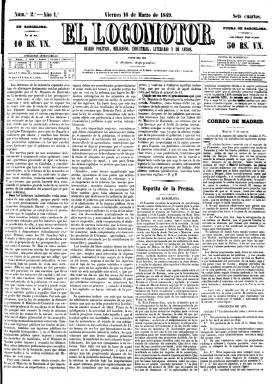
Título: El Locomotor (Barcelona)
Colección: Periódicos anteriores a 1850
Ámbito geográfico: Barcelona
Lugar de publicación: Barcelona
Fechas: 16/03/1849-28/12/1849

Comienza a publicarse el 15 de marzo de 1849, con el subtítulo “diario político, religioso, industrial, literario y de avisos”, en un formato en gran folio, de cuatro páginas por número, compuesto a cuatro columnas, saliendo de la imprenta de Juan Tarrés, y apareciendo como editor responsable Miguel Sala. En su redacción se agrupará la primera generación del conservadurismo regionalista catalán, tanto del campo político como del cultural.

Hasta el 22 de junio de ese año, se inicia en las tareas periodísticas como su principal redactor Manuel Duran i Bas (1823-1907), que después se convertirá en un destacado jurisconsulto, diputado, senador y ministro de Justicia del gobierno del conservador Francisco Silvela de 1899, al que le acompañan como redactores Estanislau Reynals i Rabassa (1822-1876), Francesc de Paula Fonrs, Ramón Suñol i Serancolí, Francesc Avià de Pinto y Joan Mañé i Flaquer (1823-1901), contando también con las colaboraciones de Manuel Milà i Fontanals (1818-1884) y Ramón de Echevarría, entre otros (véanse las ediciones del 26 de junio y uno de julio).

Su ideario será la defensa del orden establecido, de la Iglesia, la familia y la propiedad, a la vez que favorable del progreso económico, contrario a las ideas socialistas y crítico además con el Partido Moderado en el poder. A nivel local, y como afín al grupo del Teatro del Liceo polemizará con el Teatro del Hospital de Santa Cruz, que tuvo como portavoz al diario liberal El Catalán (1847), dirigido por Víctor Balaguer (1824-1901).

Bajo su cabecera inserta el santoral y las afecciones astronómicas, y su primera plana comienza siempre con un extenso artículo de fondo, estructurándose el resto de sus contenidos noticiosos en secciones, como Correo de Madrid, Correo del extranjero, Correo del Principado, Espíritu de la prensa, Boletín judicial, Boletín religioso, Boletín comercial, Gacetilla de la capital, Espectáculos, Avisos o Anuncios.

Al comenzar el mes de julio sus hasta entonces redactores abandonan el diario, a la vez que el diario da un giro más conservador, mostrándose menos incisivo en cuestiones políticas y sociales. Sigue insertando en su primera página el artículo de fondo, para a continuación ofrecer sus contenidos en secciones claramente estructuradas, agrupándolas en noticias locales, de provincias y del extranjero; un Parte oficial y otro no oficial, Cortes, Variedades, comunicados y artículos remitidos o los precios de los productos y el movimiento portuario. También inicia la publicación de un folletín. Como nuevo colaborar incorpora al historiador valenciano Fermín Gonzalo Morón (1816-1871).

La última entrega de este título es la número 289, correspondiente al 28 de diciembre de 1849, pasando sus suscripciones a El Bien público, un diario defensor del proteccionismo intransigente, que había comenzado a publicarse en febrero de ese mismo año y cuya vida se prolongará hasta septiembre de 1850, y al que se habían incorporado anteriores redactores de El Locomotor, como Durán i Bas o Reynals i Rabassa.

Fuentes bibliográficas para este título son 200 anys de prensa diària a Catalunya (1995) y los trabajos de Borja de Piquer (1981) y Jordi Casassar (2005), entre otros.